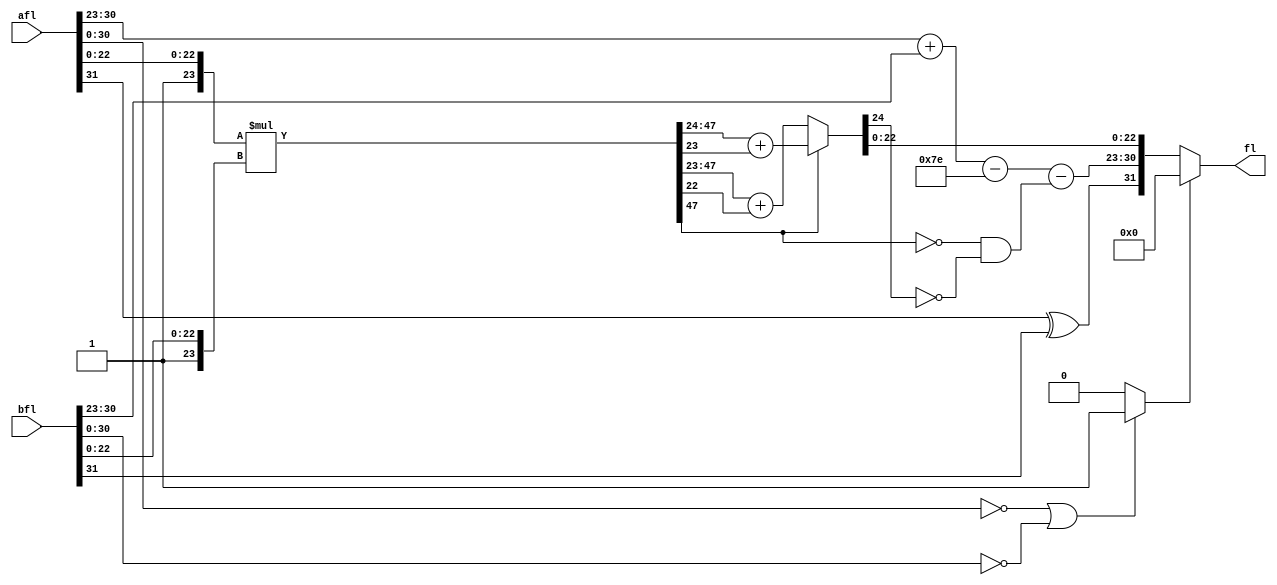
module flt_mult_comb
	(
	input	    [31:0]	afl,
	input	    [31:0]	bfl,
	output	reg [31:0]	fl
	);
reg	[47:0]	mfl_0;		
reg		sfl_0;		
reg	[7:0]	efl_0;		
reg		zero_out_0;
reg		sfl_1;		
reg	[7:0]	efl_1;		
reg		zero_out_1;
reg		mfl47_1;	
reg	[24:0]	nmfl_1;		
reg 		not_mfl_47;
always @* not_mfl_47 = (~mfl47_1 & ~nmfl_1[24]);
always @* begin
		mfl_0 = {1'b1,afl[22:0]} * {1'b1,bfl[22:0]};
		sfl_0 = afl[31] ^ bfl[31];
		efl_0 = afl[30:23] + bfl[30:23] - 8'h7E;
		if((afl[30:0] == 0) || (bfl[30:0] == 0))zero_out_0 <= 1'b1;
		else zero_out_0 <= 1'b0;
		efl_1 = efl_0;	
		sfl_1 = sfl_0;	
		zero_out_1 = zero_out_0;
		mfl47_1  = mfl_0[47];
		if(mfl_0[47]) nmfl_1 = mfl_0[47:24] + mfl_0[23];
		else 	      nmfl_1 = mfl_0[47:23] + mfl_0[22];
		if(zero_out_1) fl = 32'h0;
		else 	       fl = {sfl_1,(efl_1 - not_mfl_47),nmfl_1[22:0]};
end
endmodule